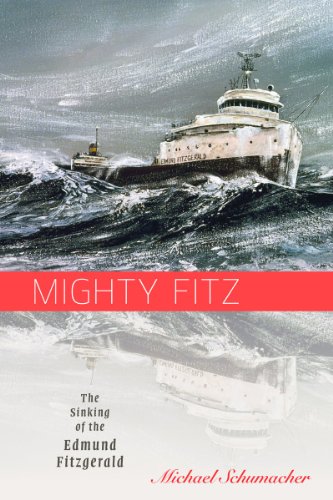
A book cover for Mighty Fitz: The Sinking of the Edmund Fitzgerald (Fesler-Lampert Minnesota Heritage); Michael Schumacher; Engineering & Transportation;